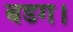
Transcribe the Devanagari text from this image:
बडग।